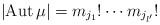
LaTeX: \begin{align*} |{\rm Aut}\,\mu | = m_{j_1}!\cdots m_{j_{l'}}!\end{align*}